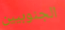
الجنوبيين